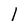
Character: l